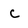
Character: c